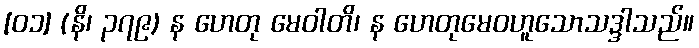
[၀၁] (နိ၊ ၃၇၉) န ဟေတု မေဝါတိ၊ န ဟေတုမေဝဟူသောသဒ္ဒါသည်။